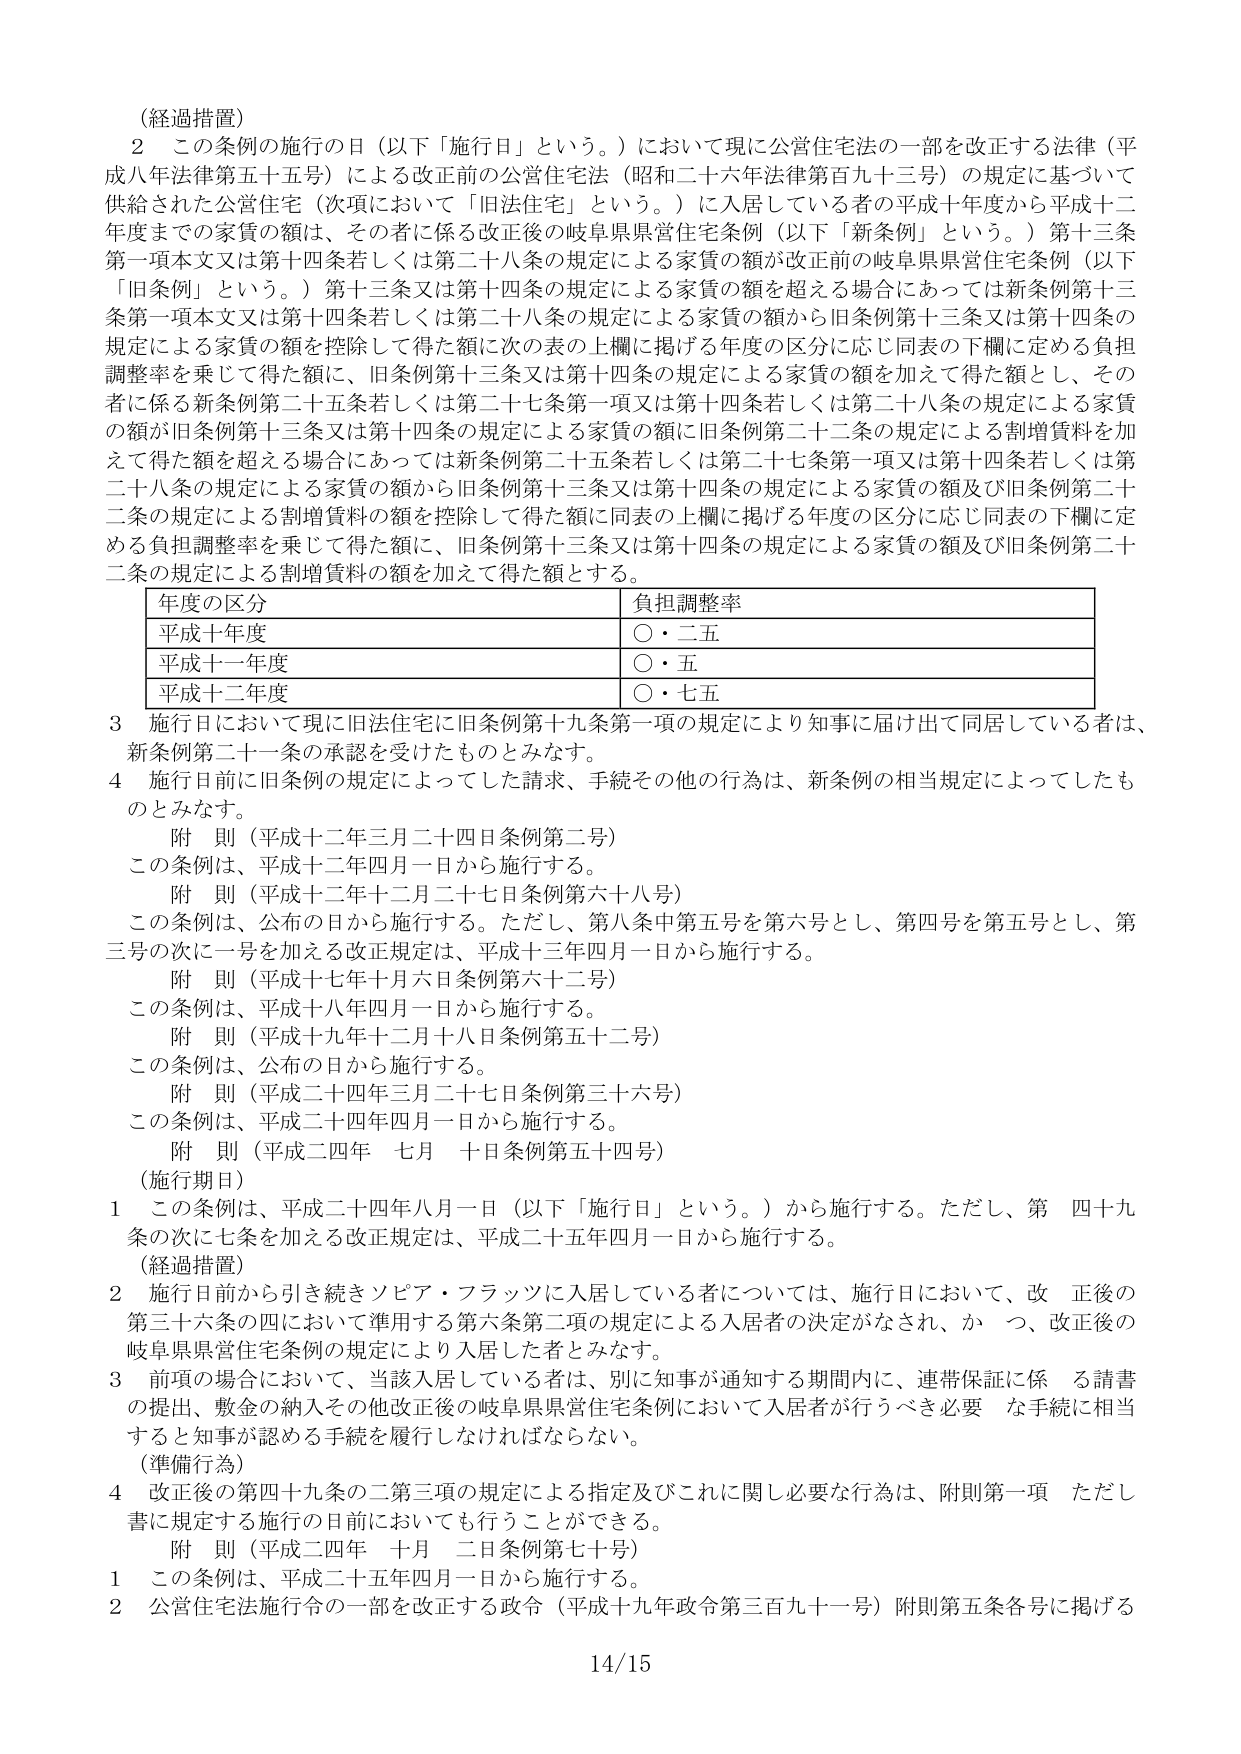
（経過措置）
２ この条例の施行の日（以下「施行日」という。）において現に公営住宅法の一部を改正する法律（平成八年法律第五十五号）による改正前の公営住宅法（昭和二十六年法律第百九十三号）の規定に基づいて供給された公営住宅（次項において「旧法住宅」という。）に入居している者の平成十年度から平成十二年度までの家賃の額は、その者に係る改正後の岐阜県県営住宅条例（以下「新条例」という。）第十三条第一項本文又は第十四条若しくは第二十八条の規定による家賃の額が改正前の岐阜県県営住宅条例（以下「旧条例」という。）第十三条又は第十四条の規定による家賃の額を超える場合にあっては新条例第十三条第一項本文又は第十四条若しくは第二十八条の規定による家賃の額から旧条例第十三条又は第十四条の規定による家賃の額を控除して得た額に次の表の上欄に掲げる年度の区分に応じ同表の下欄に定める負担調整率を乗じて得た額に、旧条例第十三条又は第十四条の規定による家賃の額を加えて得た額とし、その者に係る新条例第二十五条若しくは第二十七条第一項又は第十四条若しくは第二十八条の規定による家賃の額が旧条例第十三条又は第十四条の規定による家賃の額に旧条例第二十二条の規定による割増賃料を加えて得た額を超える場合にあっては新条例第二十五条若しくは第二十七条第一項又は第十四条若しくは第二十八条の規定による家賃の額から旧条例第十三条又は第十四条の規定による家賃の額及び旧条例第二十二条の規定による割増賃料の額を控除して得た額に同表の上欄に掲げる年度の区分に応じ同表の下欄に定める負担調整率を乗じて得た額に、旧条例第十三条又は第十四条の規定による家賃の額及び旧条例第二十二条の規定による割増賃料の額を加えて得た額とする。

| 年度の区分 | 負担調整率 |
|------------|------------|
| 平成十年度 | ○・二五   |
| 平成十一年度 | ○・五    |
| 平成十二年度 | ○・七五   |

３ 施行日において現に旧法住宅に旧条例第十九条第一項の規定により知事に届け出て同居している者は、新条例第二十一条の承認を受けたものとみなす。
４ 施行日前に旧条例の規定によってした請求、手続その他の行為は、新条例の相当規定によってしたものとみなす。

附 則（平成十二年三月二十四日条例第二号）
この条例は、平成十二年四月一日から施行する。

附 則（平成十二年十二月二十七日条例第六十八号）
この条例は、公布の日から施行する。ただし、第八条中第五号を第六号とし、第四号を第五号とし、第三号の次に一号を加える改正規定は、平成十三年四月一日から施行する。

附 則（平成十七年十月六日条例第六十二号）
この条例は、平成十八年四月一日から施行する。

附 則（平成十九年十二月十八日条例第五十二号）
この条例は、公布の日から施行する。

附 則（平成二十四年三月二十七日条例第三十六号）
この条例は、平成二十四年四月一日から施行する。

附 則（平成二十四年 七月 十日条例第五十四号）

（施行期日）
１ この条例は、平成二十四年八月一日（以下「施行日」という。）から施行する。ただし、第 四十九条の次に七条を加える改正規定は、平成二十五年四月一日から施行する。

（経過措置）
２ 施行日前から引き続きソピア・フラッツに入居している者については、施行日において、改正後の第三十六条の四において準用する第六条第二項の規定による入居者の決定がなされ、かつ、改正後の岐阜県県営住宅条例の規定により入居した者とみなす。
３ 前項の場合において、当該入居している者は、別に知事が通知する期間内に、連帯保証に係る請書の提出、敷金の納入その他改正後の岐阜県県営住宅条例において入居者が行うべき必要な手続に相当すると知事が認める手続を履行しなければならない。

（準備行為）
４ 改正後の第四十九条の二第三項の規定による指定及びこれに関し必要な行為は、附則第一項ただし書に規定する施行の日前においても行うことができる。

附 則（平成二十四年 十月 二日条例第七十号）
１ この条例は、平成二十五年四月一日から施行する。
２ 公営住宅法施行令の一部を改正する政令（平成十九年政令第三百九十一号）附則第五条各号に掲げる

14/15